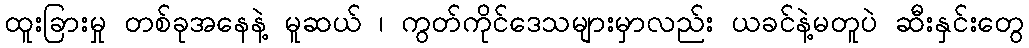
ထူးခြားမှု တစ်ခုအနေနဲ့ မူဆယ် ၊ ကွတ်ကိုင်ဒေသများမှာလည်း ယခင်နဲ့မတူပဲ ဆီးနှင်းတွေ